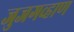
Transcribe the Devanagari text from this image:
जुजगव्हाण